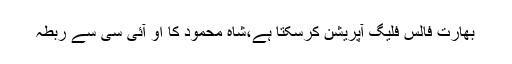
بھارت فالس فلیگ آپریشن کرسکتا ہے،شاہ محمود کا او آئی سی سے ربطہ